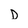
Character: D